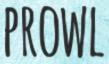
PROWL